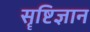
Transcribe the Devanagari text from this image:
सॄष्टिज्ञान